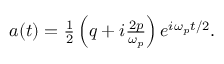
\begin{array} { r } { a ( t ) = \frac { 1 } { 2 } \left( q + i \frac { 2 p } { \omega _ { p } } \right) e ^ { i \omega _ { p } t / 2 } . } \end{array}